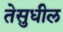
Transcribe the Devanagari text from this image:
तेसुधील